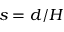
s = d / H